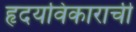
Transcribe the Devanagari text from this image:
हृदयविकाराची